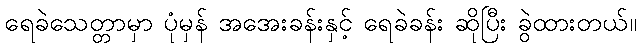
ရေခဲသေတ္တာမှာ ပုံမှန် အအေးခန်းနှင့် ရေခဲခန်း ဆိုပြီး ခွဲထားတယ်။